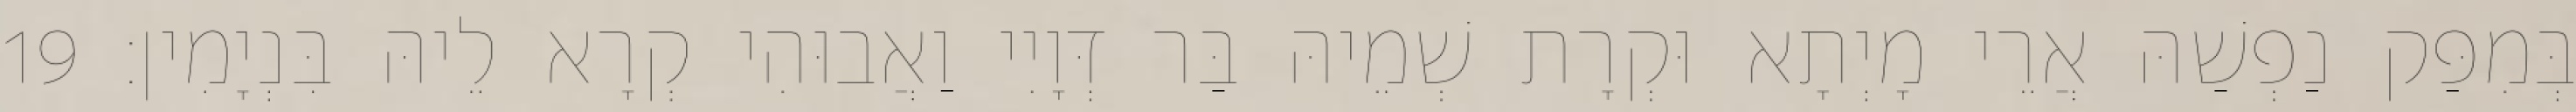
בְּמִפַּק נַפְשַׁהּ אֲרֵי מָיְתָא וּקְרָת שְׁמֵיהּ בַּר דְּוָיִי וַאֲבוּהִי קְרָא לֵיהּ בִּנְיָמִין׃ 19